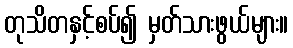
တုသိတနှင့်စပ်၍ မှတ်သားဖွယ်များ။